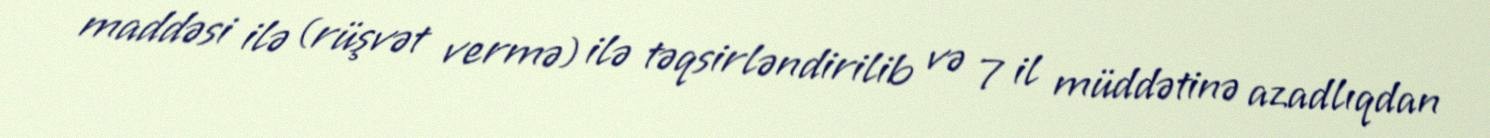
maddəsi ilə (rüşvət vermə) ilə təqsirləndirilib və 7 il müddətinə azadlıqdan